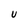
Character: U